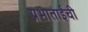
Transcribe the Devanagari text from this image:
प्रभाताईंची